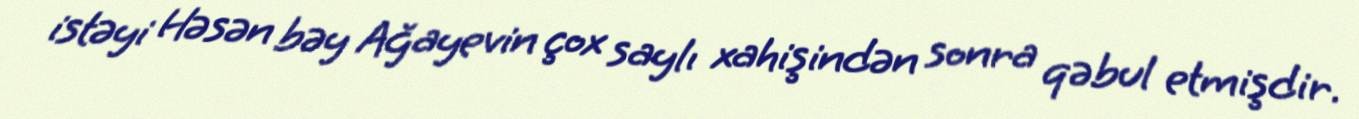
istəyi Həsən bəy Ağayevin çox saylı xahişindən sonra qəbul etmişdir.